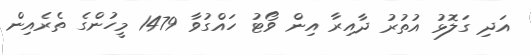
އަދި ގަލޮޅު އުތުރު ދާއިރާ އިން ވޯޓު ހައްގުވާ 1479 މީހުންގެ ތެރެއިން